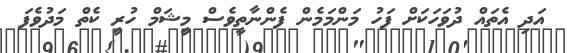
އަދި އެތައް ދުވަހަކަށް ފަހު މަންމަމެން ފެންނާތީވެސް މީޝަމް ހުރީ ކެތް މަދުވެފަ